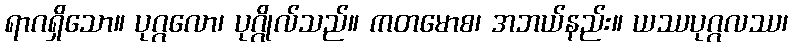
ရာဂရှိသော။ ပုဂ္ဂလော၊ ပုဂ္ဂိုလ်သည်။ ကတမောစ၊ အဘယ်နည်း။ ယဿပုဂ္ဂလဿ၊